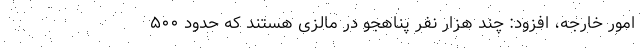
امور خارجه، افزود: چند هزار نفر پناهجو در مالزی هستند که حدود ۵۰۰